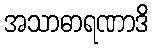
အသာဓာရဏာဒိ